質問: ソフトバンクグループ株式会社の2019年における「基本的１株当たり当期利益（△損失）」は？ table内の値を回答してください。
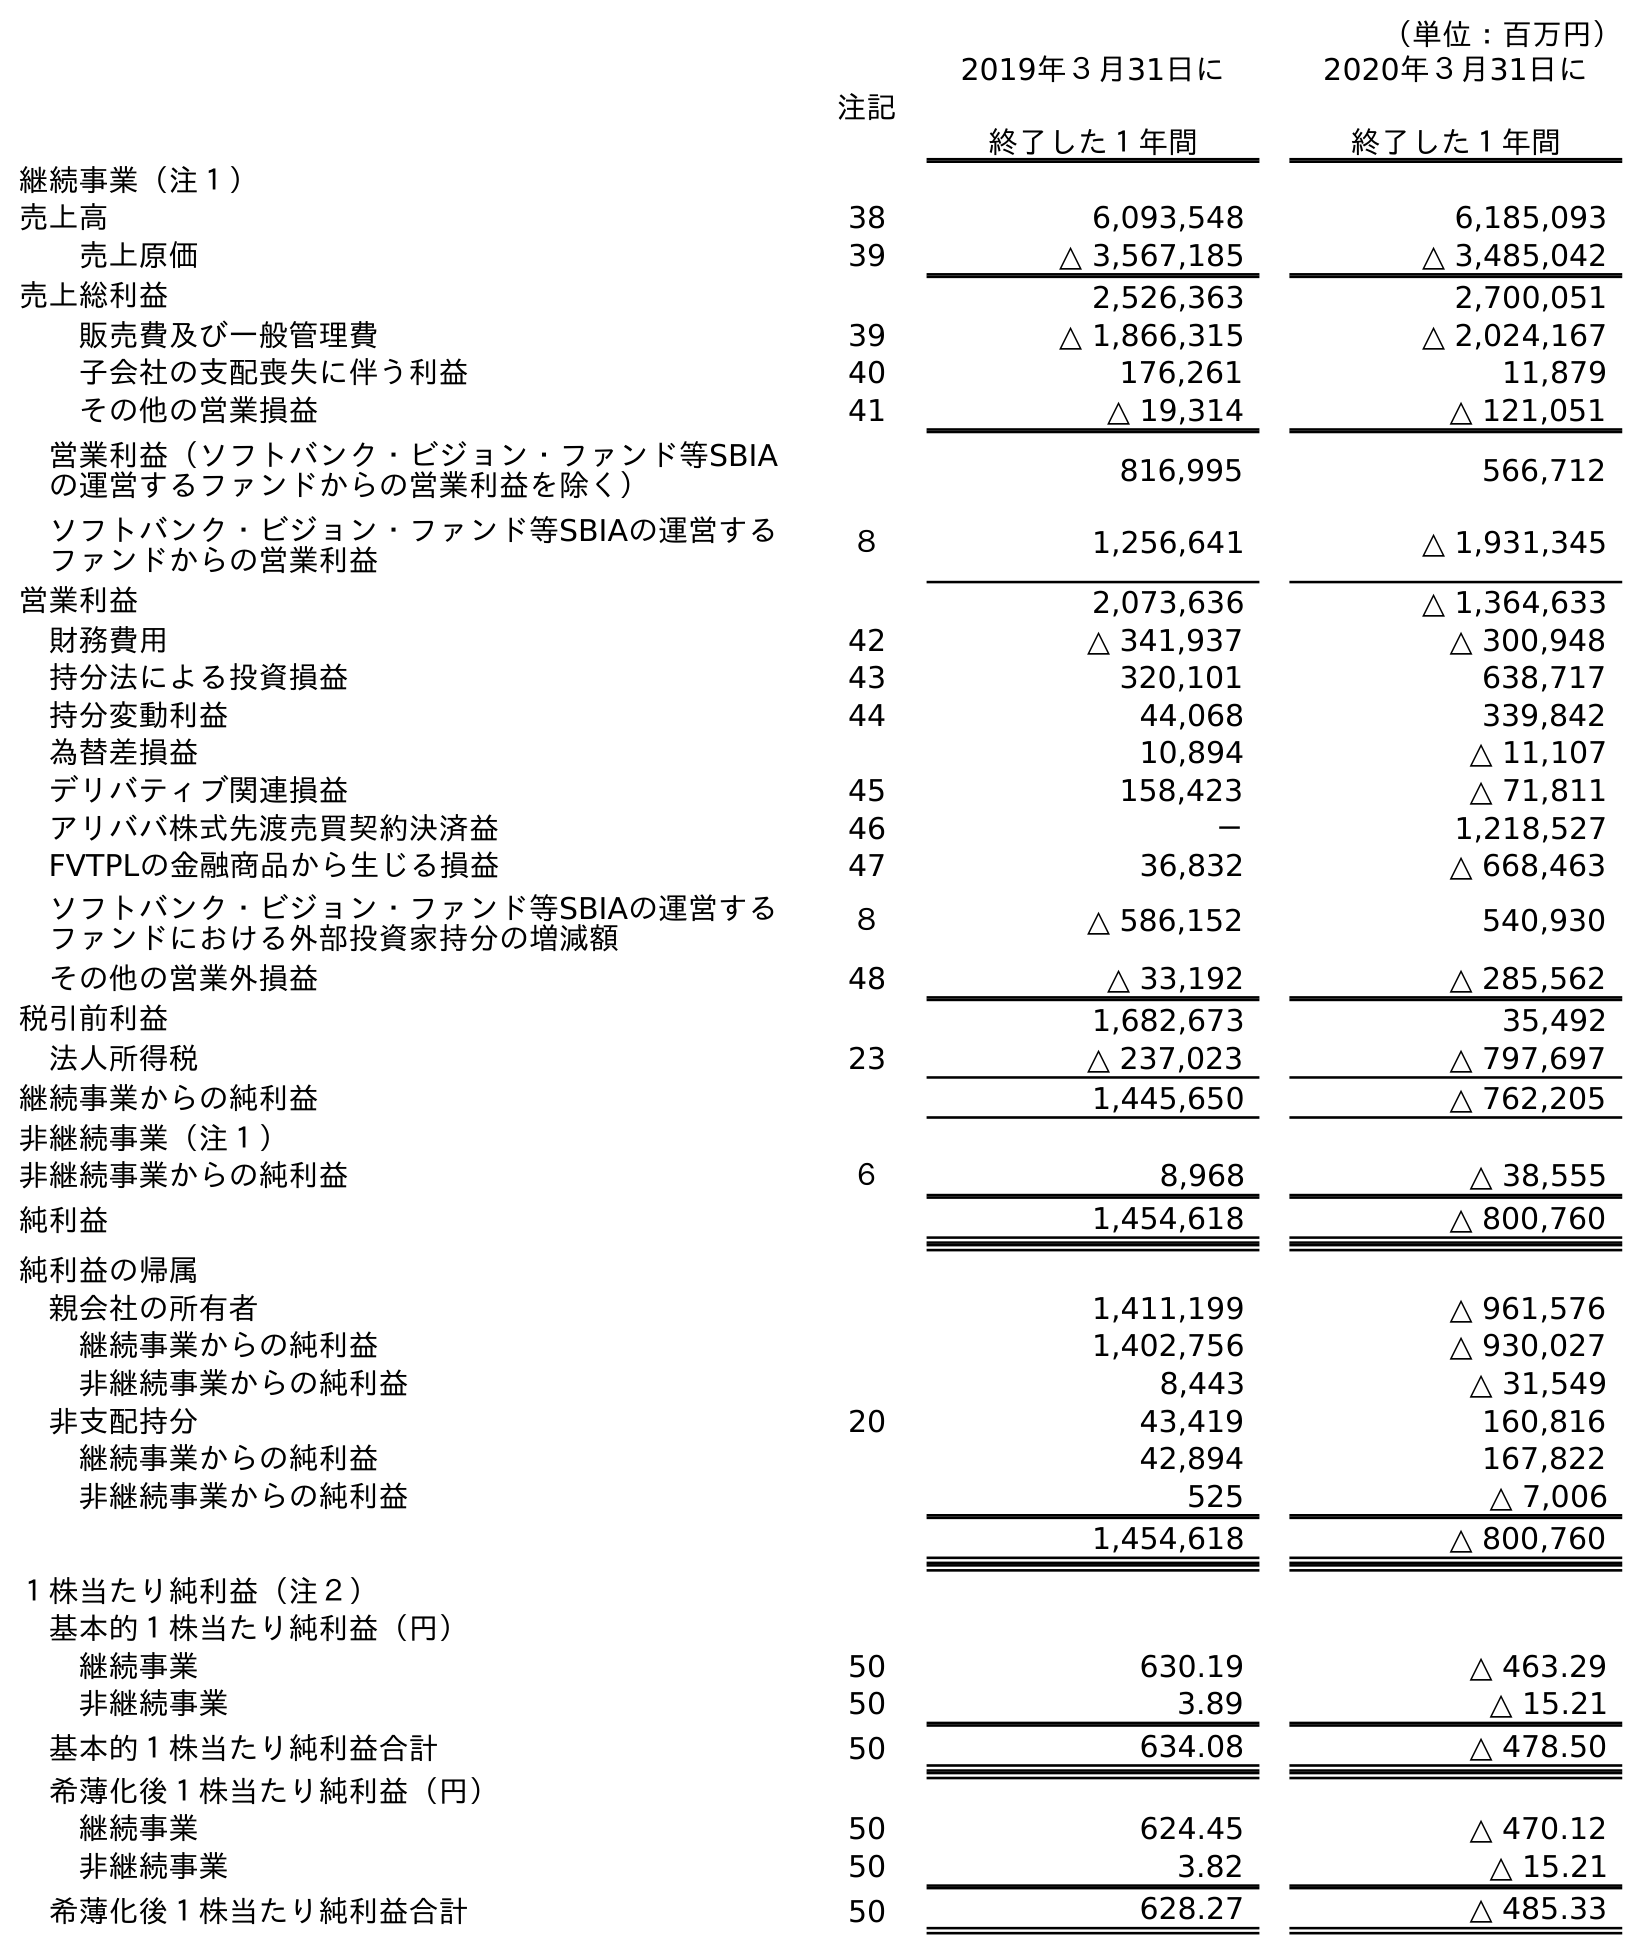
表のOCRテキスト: （単位：百万円） 注記 2019年３月31日に 終了した１年間 2020年３月31日に 終了した１年間 継続事業（注１） 売上高 38 6,093,548 6,185,093 売上原価 39 △ 3,567,185 △ 3,485,042 売上総利益 2,526,363 2,700,051 販売費及び一般管理費 39 △ 1,866,315 △ 2,024,167 子会社の支配喪失に伴う利益 40 176,261 11,879 その他の営業損益 41 △ 19,314 △ 121,051 営業利益（ソフトバンク・ビジョン・ファンド等SBIA の運営するファンドからの営業利益を除く） 816,995 566,712 ソフトバンク・ビジョン・ファンド等SBIAの運営する ファンドからの営業利益 ８ 1,256,641 △ 1,931,345 営業利益 2,073,636 △ 1,364,633 財務費用 42 △ 341,937 △ 300,948 持分法による投資損益 43 320,101 638,717 持分変動利益 44 44,068 339,842 為替差損益 10,894 △ 11,107 デリバティブ関連損益 45 158,423 △ 71,811 アリババ株式先渡売買契約決済益 46 － 1,218,527 FVTPLの金融商品から生じる損益 47 36,832 △ 668,463 ソフトバンク・ビジョン・ファンド等SBIAの運営する ファンドにおける外部投資家持分の増減額 ８ △ 586,152 540,930 その他の営業外損益 48 △ 33,192 △ 285,562 税引前利益 1,682,673 35,492 法人所得税 23 △ 237,023 △ 797,697 継続事業からの純利益 1,445,650 △ 762,205 非継続事業（注１） 非継続事業からの純利益 ６ 8,968 △ 38,555 純利益 1,454,618 △ 800,760 純利益の帰属 親会社の所有者 1,411,199 △ 961,576 継続事業からの純利益 1,402,756 △ 930,027 非継続事業からの純利益 8,443 △ 31,549 非支配持分 20 43,419 160,816 継続事業からの純利益 42,894 167,822 非継続事業からの純利益 525 △ 7,006 1,454,618 △ 800,760 １株当たり純利益（注２） 基本的１株当たり純利益（円） 継続事業 50 630.19 △ 463.29 非継続事業 50 3.89 △ 15.21 基本的１株当たり純利益合計 50 634.08 △ 478.50 希薄化後１株当たり純利益（円） 継続事業 50 624.45 △ 470.12 非継続事業 50 3.82 △ 15.21 希薄化後１株当たり純利益合計 50 628.27 △ 485.33
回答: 634.08